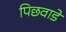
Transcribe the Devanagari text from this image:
पिछवाडे